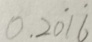
0 . 2 \dot { 0 } 1 \dot { 6 }